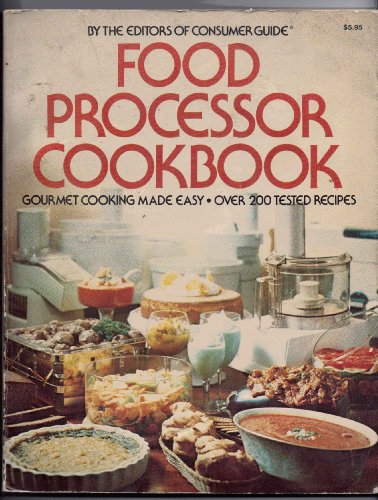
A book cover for Food Processor Cookbook; Consumer Guide; Cookbooks, Food & Wine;